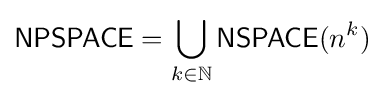
{\mathsf {NPSPACE}}=\bigcup _{k\in \mathbb {N} }{\mathsf {NSPACE}}(n^{k})